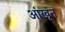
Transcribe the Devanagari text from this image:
आंखून